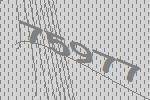
75977